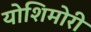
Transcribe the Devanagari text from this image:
योशिमोरी